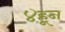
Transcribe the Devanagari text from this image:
४हून